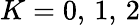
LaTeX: K=0,\, 1,\, 2